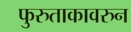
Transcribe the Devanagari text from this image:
फुरुताकावरुन